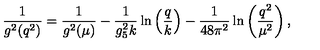
{ \frac { 1 } { g ^ { 2 } ( q ^ { 2 } ) } } = { \frac { 1 } { g ^ { 2 } ( \mu ) } } - { \frac { 1 } { g _ { 5 } ^ { 2 } k } } \ln \left( { \frac { q } { k } } \right) - { \frac { 1 } { 4 8 \pi ^ { 2 } } } \ln \left( { \frac { q ^ { 2 } } { \mu ^ { 2 } } } \right) ,